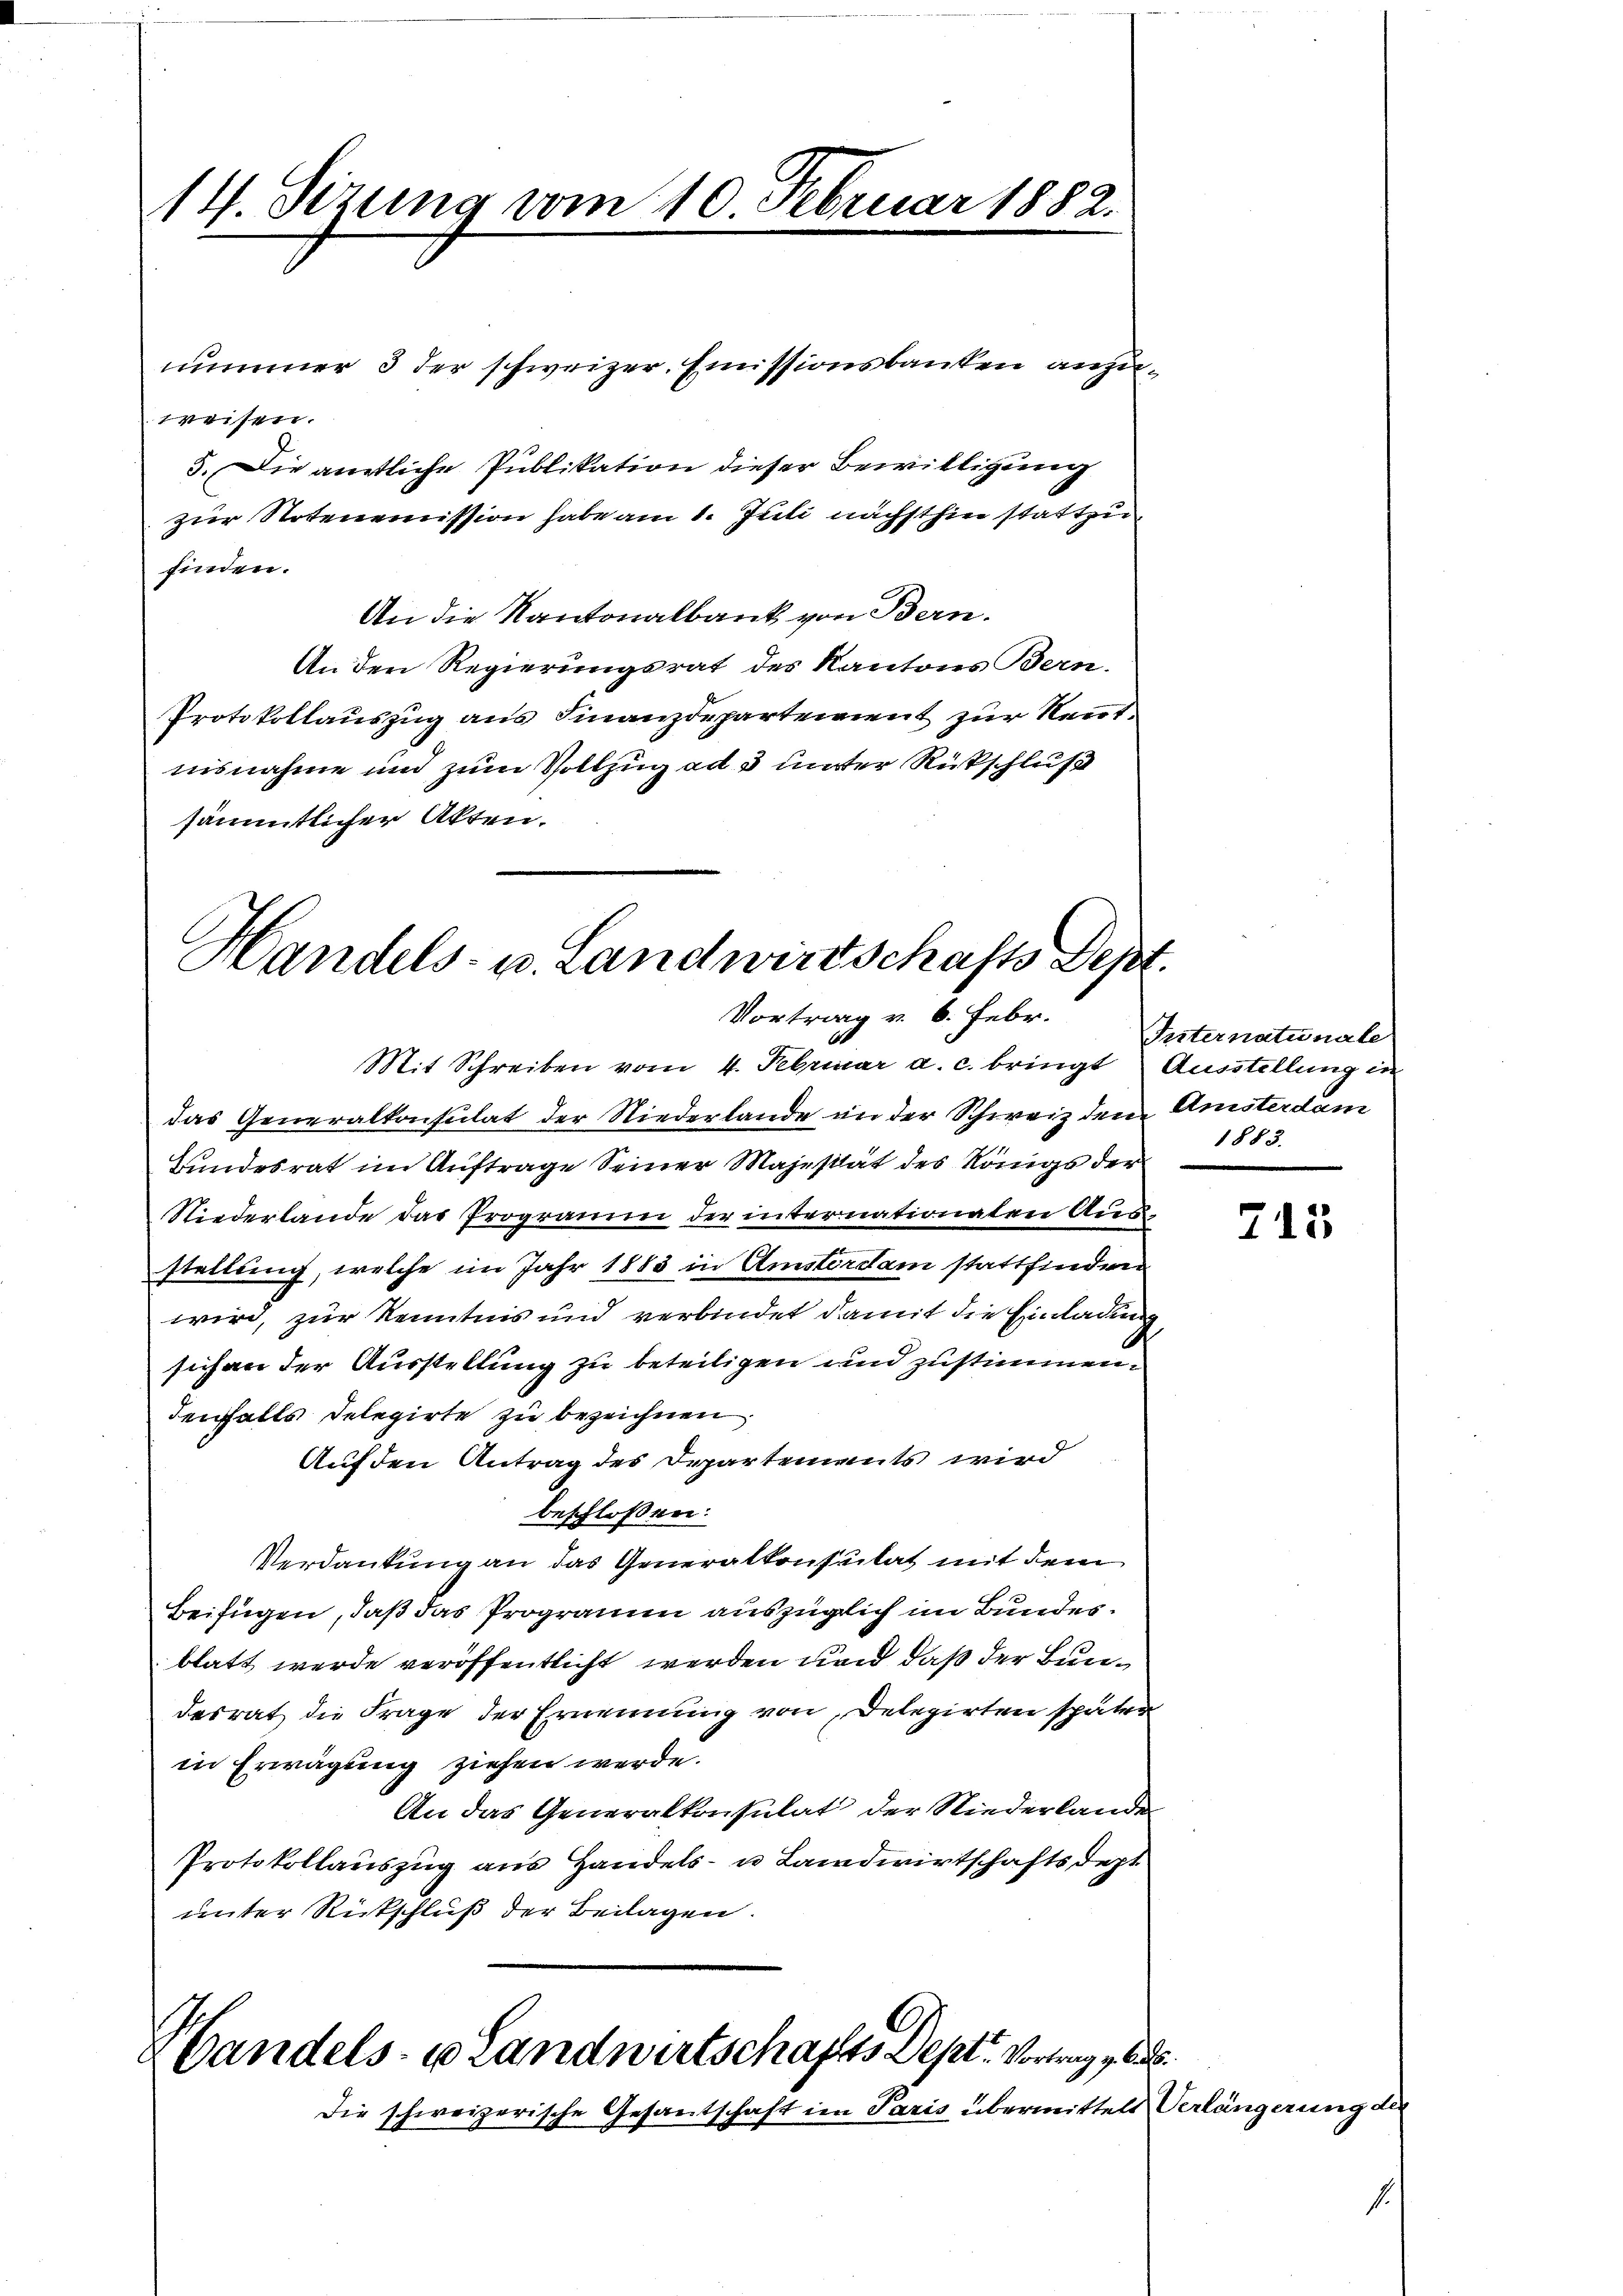
14. Sizung vom 10. Februar 1882.

nummer 3 der schweizer. Emissionsbanken anzuweisen.
5. Die amtliche Publikation dieser Bewilligung
zur Notenemission habe am 1. Juli nächsthin stattzufinden.
An die Kantonalbank von Bern.
An den Regierungsrat des Kantons Bern.
Protokollauszug aus Finanzdepartement zur Rentnisnahme und zum Vollzug ad 3 unter Rückschluß
sämmtlicher Akten.

Handels- u. Landwirtschafts Depr
Vortrag v. 6. Febr.

Mit Schreiben vom 4. Februar a. c. bringt Ausstellung in
das Generalkonsulat der Niederlande in der Schweiz den Amsterdam
Bundesrat im Auftrage Seiner Majestät des Königs der
Niederlande das Programm der internationaten Aus-
stellung, welche im Jahr 1883 in Amsterdam stattfinden
wird, zur Kenntnis und verbindet damit die Einladung
sich an der Ausstellung zu beteiligen und zustimmen.
denfalls Delegirte zu bezeichnen,
Auf den Antrag des Departements wird
beschlossen:
Verdankung an das Generalkonsulat mit dem
Beifügen, daß das Programm auszüglich im Bundesblatt werde veröffentlicht werden und daß der Bundesrat die Frage der Ernennung von Delegirten später
in Erwägung ziehen werde.
An das Generalkonsulat der Niederlande
Protokollauszug aus Handels- u Landwirtschaftsdept
unter Rickschluß der Beilagen.

Handels- u Landwirtschafts Dept. Vortrag z
Die schweizerische Gesantschaft im Paris übermittels

Pesternaturale
1883.

715

Verlängerung die